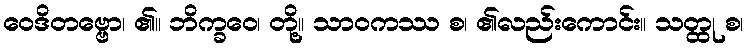
ဝေဒိတဗ္ဗော၊ ၏။ ဘိက္ခဝေ၊ တို့။ သာဝကဿ စ၊ ၏လည်းကောင်း။ သတ္ထု စ၊